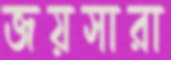
জয়সারা